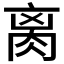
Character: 𦛄